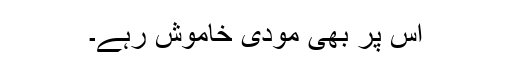
اس پر بھی مودی خاموش رہے۔